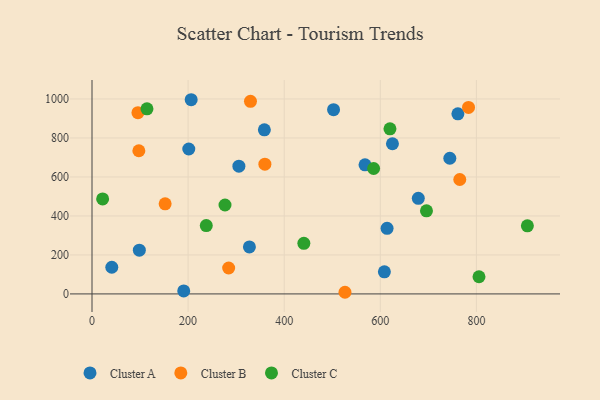
{"axis": {"x": "Engine Size", "y": "Yield"}, "legend": ["Cluster A", "Cluster B", "Cluster C"], "data": [{"x": "761.5", "y": 923.8, "type": "Cluster A"}, {"x": "608.5", "y": 113.4, "type": "Cluster A"}, {"x": "614.1", "y": 336.3, "type": "Cluster A"}, {"x": "305.7", "y": 655.2, "type": "Cluster A"}, {"x": "327.6", "y": 241.0, "type": "Cluster A"}, {"x": "679.1", "y": 490.3, "type": "Cluster A"}, {"x": "625.3", "y": 770.4, "type": "Cluster A"}, {"x": "502.7", "y": 945.3, "type": "Cluster A"}, {"x": "744.7", "y": 696.0, "type": "Cluster A"}, {"x": "190.9", "y": 15.3, "type": "Cluster A"}, {"x": "568.2", "y": 662.4, "type": "Cluster A"}, {"x": "98.5", "y": 224.2, "type": "Cluster A"}, {"x": "206.4", "y": 996.2, "type": "Cluster A"}, {"x": "201.4", "y": 743.5, "type": "Cluster A"}, {"x": "41.2", "y": 136.8, "type": "Cluster A"}, {"x": "358.7", "y": 841.9, "type": "Cluster A"}, {"x": "526.5", "y": 8.4, "type": "Cluster B"}, {"x": "97.5", "y": 734.4, "type": "Cluster B"}, {"x": "95.6", "y": 929.6, "type": "Cluster B"}, {"x": "152.2", "y": 462.2, "type": "Cluster B"}, {"x": "783.6", "y": 956.5, "type": "Cluster B"}, {"x": "284.4", "y": 133.0, "type": "Cluster B"}, {"x": "329.8", "y": 988.1, "type": "Cluster B"}, {"x": "359.8", "y": 665.6, "type": "Cluster B"}, {"x": "765.4", "y": 587.0, "type": "Cluster B"}, {"x": "586.1", "y": 643.5, "type": "Cluster C"}, {"x": "440.9", "y": 259.7, "type": "Cluster C"}, {"x": "276.8", "y": 456.2, "type": "Cluster C"}, {"x": "237.8", "y": 350.4, "type": "Cluster C"}, {"x": "805.4", "y": 88.0, "type": "Cluster C"}, {"x": "906.1", "y": 349.5, "type": "Cluster C"}, {"x": "620.1", "y": 846.8, "type": "Cluster C"}, {"x": "22.1", "y": 487.4, "type": "Cluster C"}, {"x": "114.4", "y": 949.5, "type": "Cluster C"}, {"x": "696.1", "y": 426.0, "type": "Cluster C"}]}